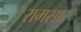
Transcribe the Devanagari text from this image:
रामसार